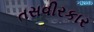
તસવીરકાર